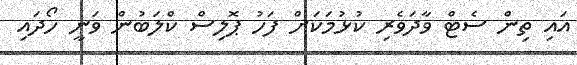
އައި ތިން ސެޓް ވާދަވެރި ކުޅުމަކަށް ފަހު ޕޮލިސް ކްލަބުން ވަނީ ހޯދައި